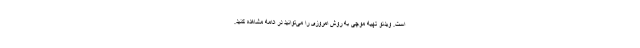
است. ویدئو تهیه موچی به روش امروزی را می‌توانید در ادامه مشاهده کنید.